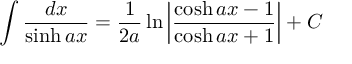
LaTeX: \int { \frac { d x } { \sinh a x } } = { \frac { 1 } { 2 a } } \ln \left| { \frac { \cosh a x - 1 } { \cosh a x + 1 } } \right| + C